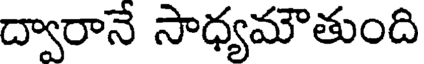
ద్వారానే సాధ్యమౌతుంది